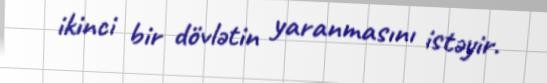
ikinci bir dövlətin yaranmasını istəyir.